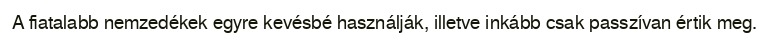
A fiatalabb nemzedékek egyre kevésbé használják, illetve inkább csak passzívan értik meg.